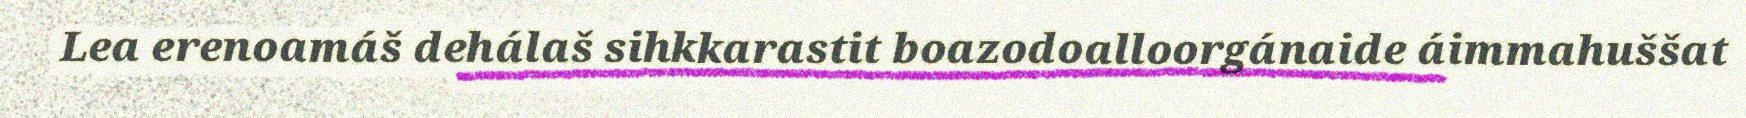
Lea erenoamáš dehálaš sihkkarastit boazodoalloorgánaide áimmahuššat